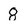
Character: 8